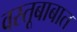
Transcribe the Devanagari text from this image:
वस्तूबाबात